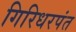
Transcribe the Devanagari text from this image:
गिरिधरपंत